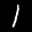
Label: 1